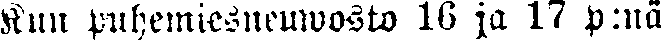
Kun puhemiesneuwosto 16 ja 17 p:nä